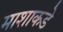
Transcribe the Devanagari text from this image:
माशाकडे